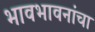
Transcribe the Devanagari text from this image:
भावभावनांचा